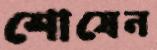
শোষেন